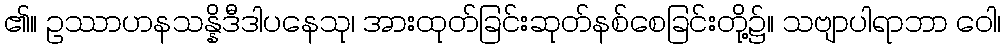
၏။ ဥဿာဟနသန္နိဒီဒါပနေသု၊ အားထုတ်ခြင်းဆုတ်နစ်စေခြင်းတို့၌။ သဗျာပါရာဘာ ဝေါ၊